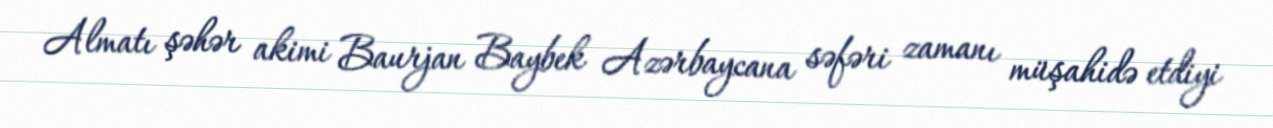
Almatı şəhər akimi Baurjan Baybek Azərbaycana səfəri zamanı müşahidə etdiyi